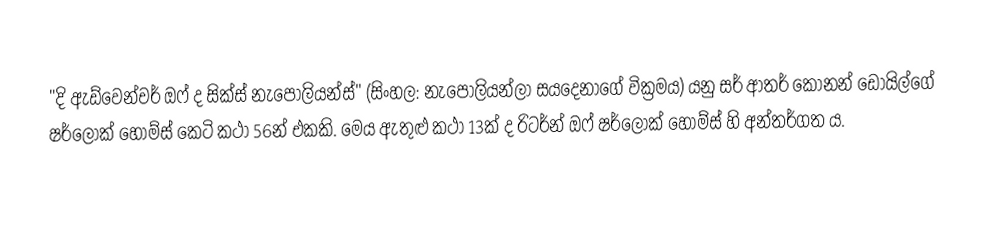
"දි ඇඩ්වෙන්චර් ඔෆ් ද සික්ස් නැපෝලියන්ස්" (සිංහල: නැපෝලියන්ලා සයදෙනාගේ වික්‍රමය) ‍යනු සර් ආතර් කොනන් ඩොයිල්ගේ ෂර්ලොක් හෝම්ස් කෙටි කථා 56න් එකකි. මෙය ඇතුළු කථා 13ක් ද රිටර්න් ඔෆ් ෂර්ලොක් හෝම්ස් හි අන්තර්ගත ය.